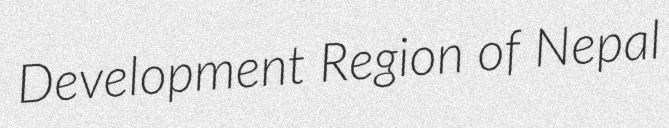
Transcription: Development Region of Nepal